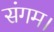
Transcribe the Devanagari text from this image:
संगम।